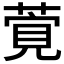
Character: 𦶴